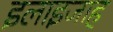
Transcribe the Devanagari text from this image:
इलाइजाह